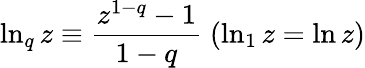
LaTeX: \ln_{q}z\equiv\frac{z^{1-q}-1}{1-q}\; (\ln_{1}z=\ln z)